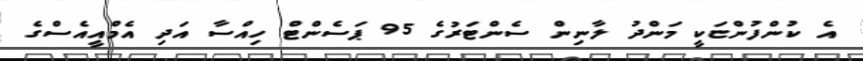
އެ ކުންފުންޏަކީ މަންދު ލާނިން ސެންޓަރުގެ 95 ޕަސެންޓް ހިއްސާ އަދި އެމްއީއެސްގެ